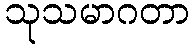
သုသမာဂတာ